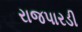
રાજપારડી